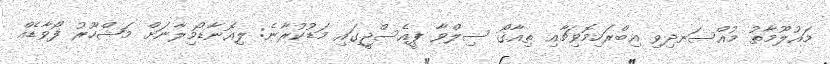
މައުލޫމާތު މުއްސަނދިވި އިބްރަހިމޮވިޗާއި ތިއާގޯ ސިލްވާ ޕީއެސްޖީގައި މަޑުކުރާނެ: ލިއޮނާޑޯމިލާނަށް މަޝްހޫރު ފޯވާޑެއް